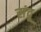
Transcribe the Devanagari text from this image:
संदू